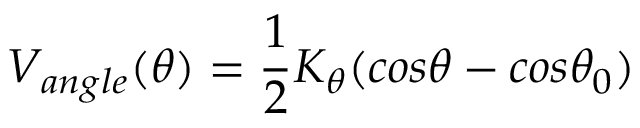
V _ { a n g l e } ( \theta ) = \frac { 1 } { 2 } K _ { \theta } ( c o s \theta - c o s \theta _ { 0 } )